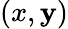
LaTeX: (x,\mathbf{y})